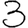
Digit: 3